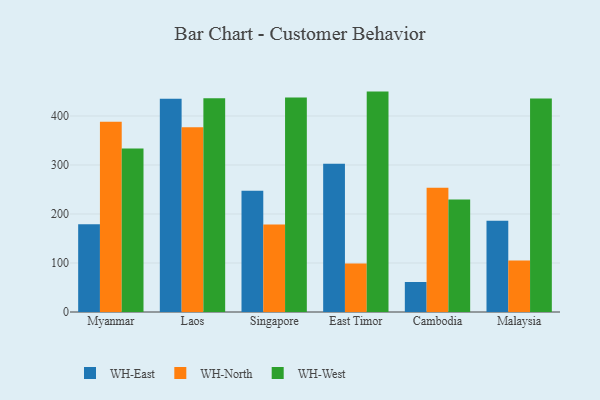
{"axis": {"x": "Country", "y": "Bounce Rate (%)"}, "legend": ["WH-East", "WH-North", "WH-West"], "data": [{"x": "Myanmar", "y": 179.3, "type": "WH-East"}, {"x": "Myanmar", "y": 388.3, "type": "WH-North"}, {"x": "Myanmar", "y": 333.5, "type": "WH-West"}, {"x": "Laos", "y": 435.3, "type": "WH-East"}, {"x": "Laos", "y": 377.0, "type": "WH-North"}, {"x": "Laos", "y": 436.0, "type": "WH-West"}, {"x": "Singapore", "y": 247.5, "type": "WH-East"}, {"x": "Singapore", "y": 178.5, "type": "WH-North"}, {"x": "Singapore", "y": 437.9, "type": "WH-West"}, {"x": "East Timor", "y": 302.8, "type": "WH-East"}, {"x": "East Timor", "y": 99.0, "type": "WH-North"}, {"x": "East Timor", "y": 449.8, "type": "WH-West"}, {"x": "Cambodia", "y": 61.2, "type": "WH-East"}, {"x": "Cambodia", "y": 253.8, "type": "WH-North"}, {"x": "Cambodia", "y": 229.7, "type": "WH-West"}, {"x": "Malaysia", "y": 186.2, "type": "WH-East"}, {"x": "Malaysia", "y": 104.9, "type": "WH-North"}, {"x": "Malaysia", "y": 435.9, "type": "WH-West"}]}